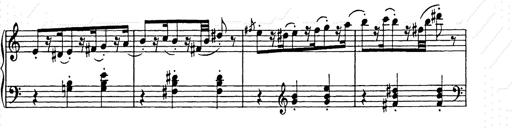
Title: Weihnachtsbaum
Composer: Franz Liszt